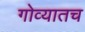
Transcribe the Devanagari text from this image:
गोव्यातच